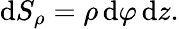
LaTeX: \mathrm{d}S_{\rho}=\rho\, \mathrm{d}\varphi\, \mathrm{d}z.